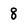
Character: 8